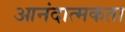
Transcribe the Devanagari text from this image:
आनंदात्मकता